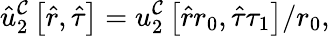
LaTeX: \hat{u}_{2}^{\mathcal{C}}\left[\hat{r},\hat{\tau}\right]=u_{2}^{\mathcal{C}}\left[\hat{r}r_{0},\hat{\tau}\tau_{1}\right]/r_{0},